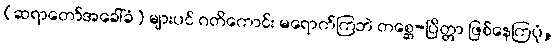
(ဆရာတော်အခေါ်ခံ) များပင် ဂတိကောင်း မရောက်ကြဘဲ တစ္ဆေ-ပြိတ္တာ ဖြစ်နေကြပုံ,